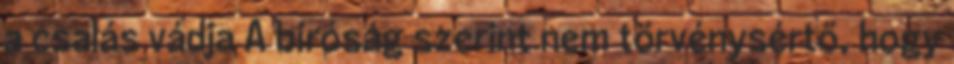
a csalás vádja A bíróság szerint nem törvénysértő, hogy